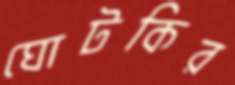
ঘোটকির